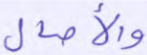
والآصال